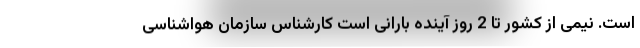
است. نیمی از کشور تا 2 روز آینده بارانی است کارشناس سازمان هواشناسی